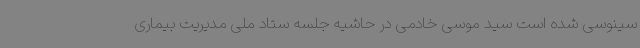
سینوسی شده است سید موسی خادمی در حاشیه جلسه ستاد ملی مدیریت بیماری